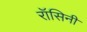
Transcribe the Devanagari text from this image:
रॉसिनी